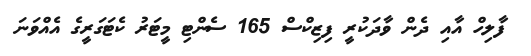
ފާލިހް އާއި ދެން ވާދަކުރީ ފިޒިކްސް 165 ސެންޓި މީޓަރު ކެޓަގަރީގެ އެއްވަނަ